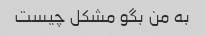
به من بگو مشکل چیست